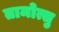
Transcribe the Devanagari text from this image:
तामोत्सु